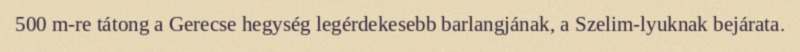
500 m-re tátong a Gerecse hegység legérdekesebb barlangjának, a Szelim-lyuknak bejárata.